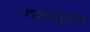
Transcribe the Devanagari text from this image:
शब्दानुसार